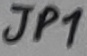
Text: JP1